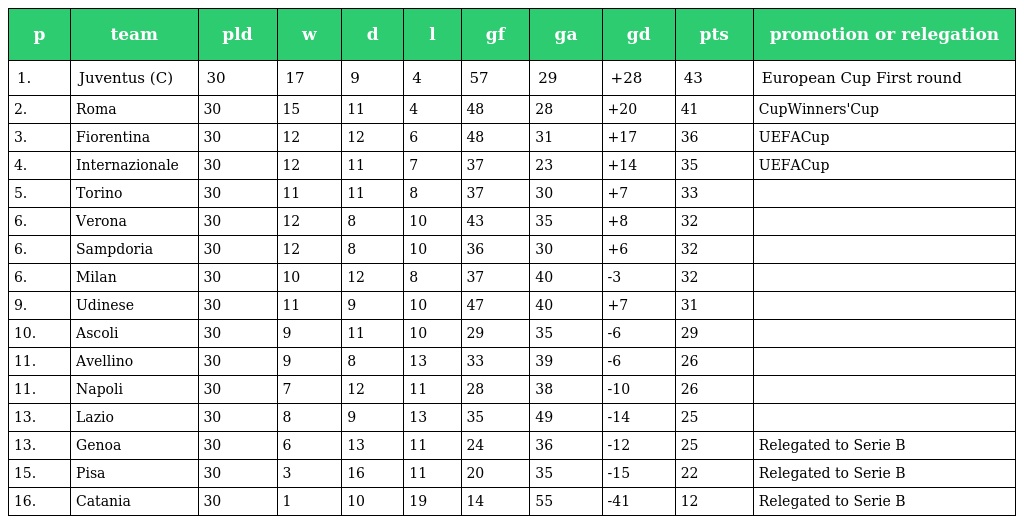
| p | team | pld | w | d | l | gf | ga | gd | pts | promotion or relegation |
 | --- | --- | --- | --- | --- | --- | --- | --- | --- | --- | --- |
 | 1. | Juventus (C) | 30 | 17 | 9 | 4 | 57 | 29 | +28 | 43 | European Cup First round |
 | 2. | Roma | 30 | 15 | 11 | 4 | 48 | 28 | +20 | 41 | CupWinners'Cup |
 | 3. | Fiorentina | 30 | 12 | 12 | 6 | 48 | 31 | +17 | 36 | UEFACup |
 | 4. | Internazionale | 30 | 12 | 11 | 7 | 37 | 23 | +14 | 35 | UEFACup |
 | 5. | Torino | 30 | 11 | 11 | 8 | 37 | 30 | +7 | 33 |  |
 | 6. | Verona | 30 | 12 | 8 | 10 | 43 | 35 | +8 | 32 |  |
 | 6. | Sampdoria | 30 | 12 | 8 | 10 | 36 | 30 | +6 | 32 |  |
 | 6. | Milan | 30 | 10 | 12 | 8 | 37 | 40 | -3 | 32 |  |
 | 9. | Udinese | 30 | 11 | 9 | 10 | 47 | 40 | +7 | 31 |  |
 | 10. | Ascoli | 30 | 9 | 11 | 10 | 29 | 35 | -6 | 29 |  |
 | 11. | Avellino | 30 | 9 | 8 | 13 | 33 | 39 | -6 | 26 |  |
 | 11. | Napoli | 30 | 7 | 12 | 11 | 28 | 38 | -10 | 26 |  |
 | 13. | Lazio | 30 | 8 | 9 | 13 | 35 | 49 | -14 | 25 |  |
 | 13. | Genoa | 30 | 6 | 13 | 11 | 24 | 36 | -12 | 25 | Relegated to Serie B |
 | 15. | Pisa | 30 | 3 | 16 | 11 | 20 | 35 | -15 | 22 | Relegated to Serie B |
 | 16. | Catania | 30 | 1 | 10 | 19 | 14 | 55 | -41 | 12 | Relegated to Serie B |